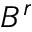
B ^ { r }